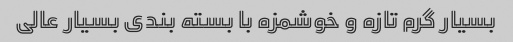
بسیار گرم تازه و خوشمزه با بسته بندی بسیار عالی